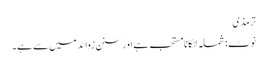
ترمذی
نوٹ: شملہ لٹکانا مستحب ہے اور سنن زوائد میں سے ہے۔